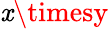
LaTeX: \mathit{x}\timesy